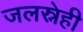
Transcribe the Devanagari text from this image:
जलस्नेही